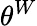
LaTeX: \theta^{W}